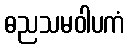
ဓညသမဝါပကံ